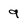
Character: 9